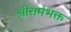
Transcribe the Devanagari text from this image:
श्रीरामभक्त